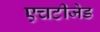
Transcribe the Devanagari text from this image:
एचटीजेड